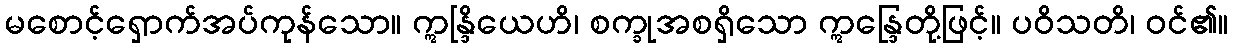
မစောင့်ရှောက်အပ်ကုန်သော။ ဣန္ဒြိယေဟိ၊ စက္ခုအစရှိသော ဣန္ဒြေတို့ဖြင့်။ ပဝိသတိ၊ ဝင်၏။